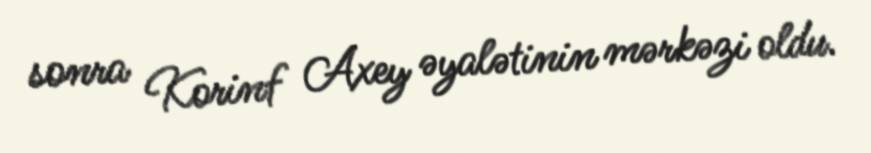
sonra Korinf Axey əyalətinin mərkəzi oldu.